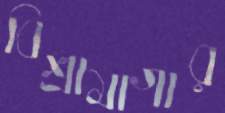
বিশ্রামাগার